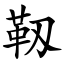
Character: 靱